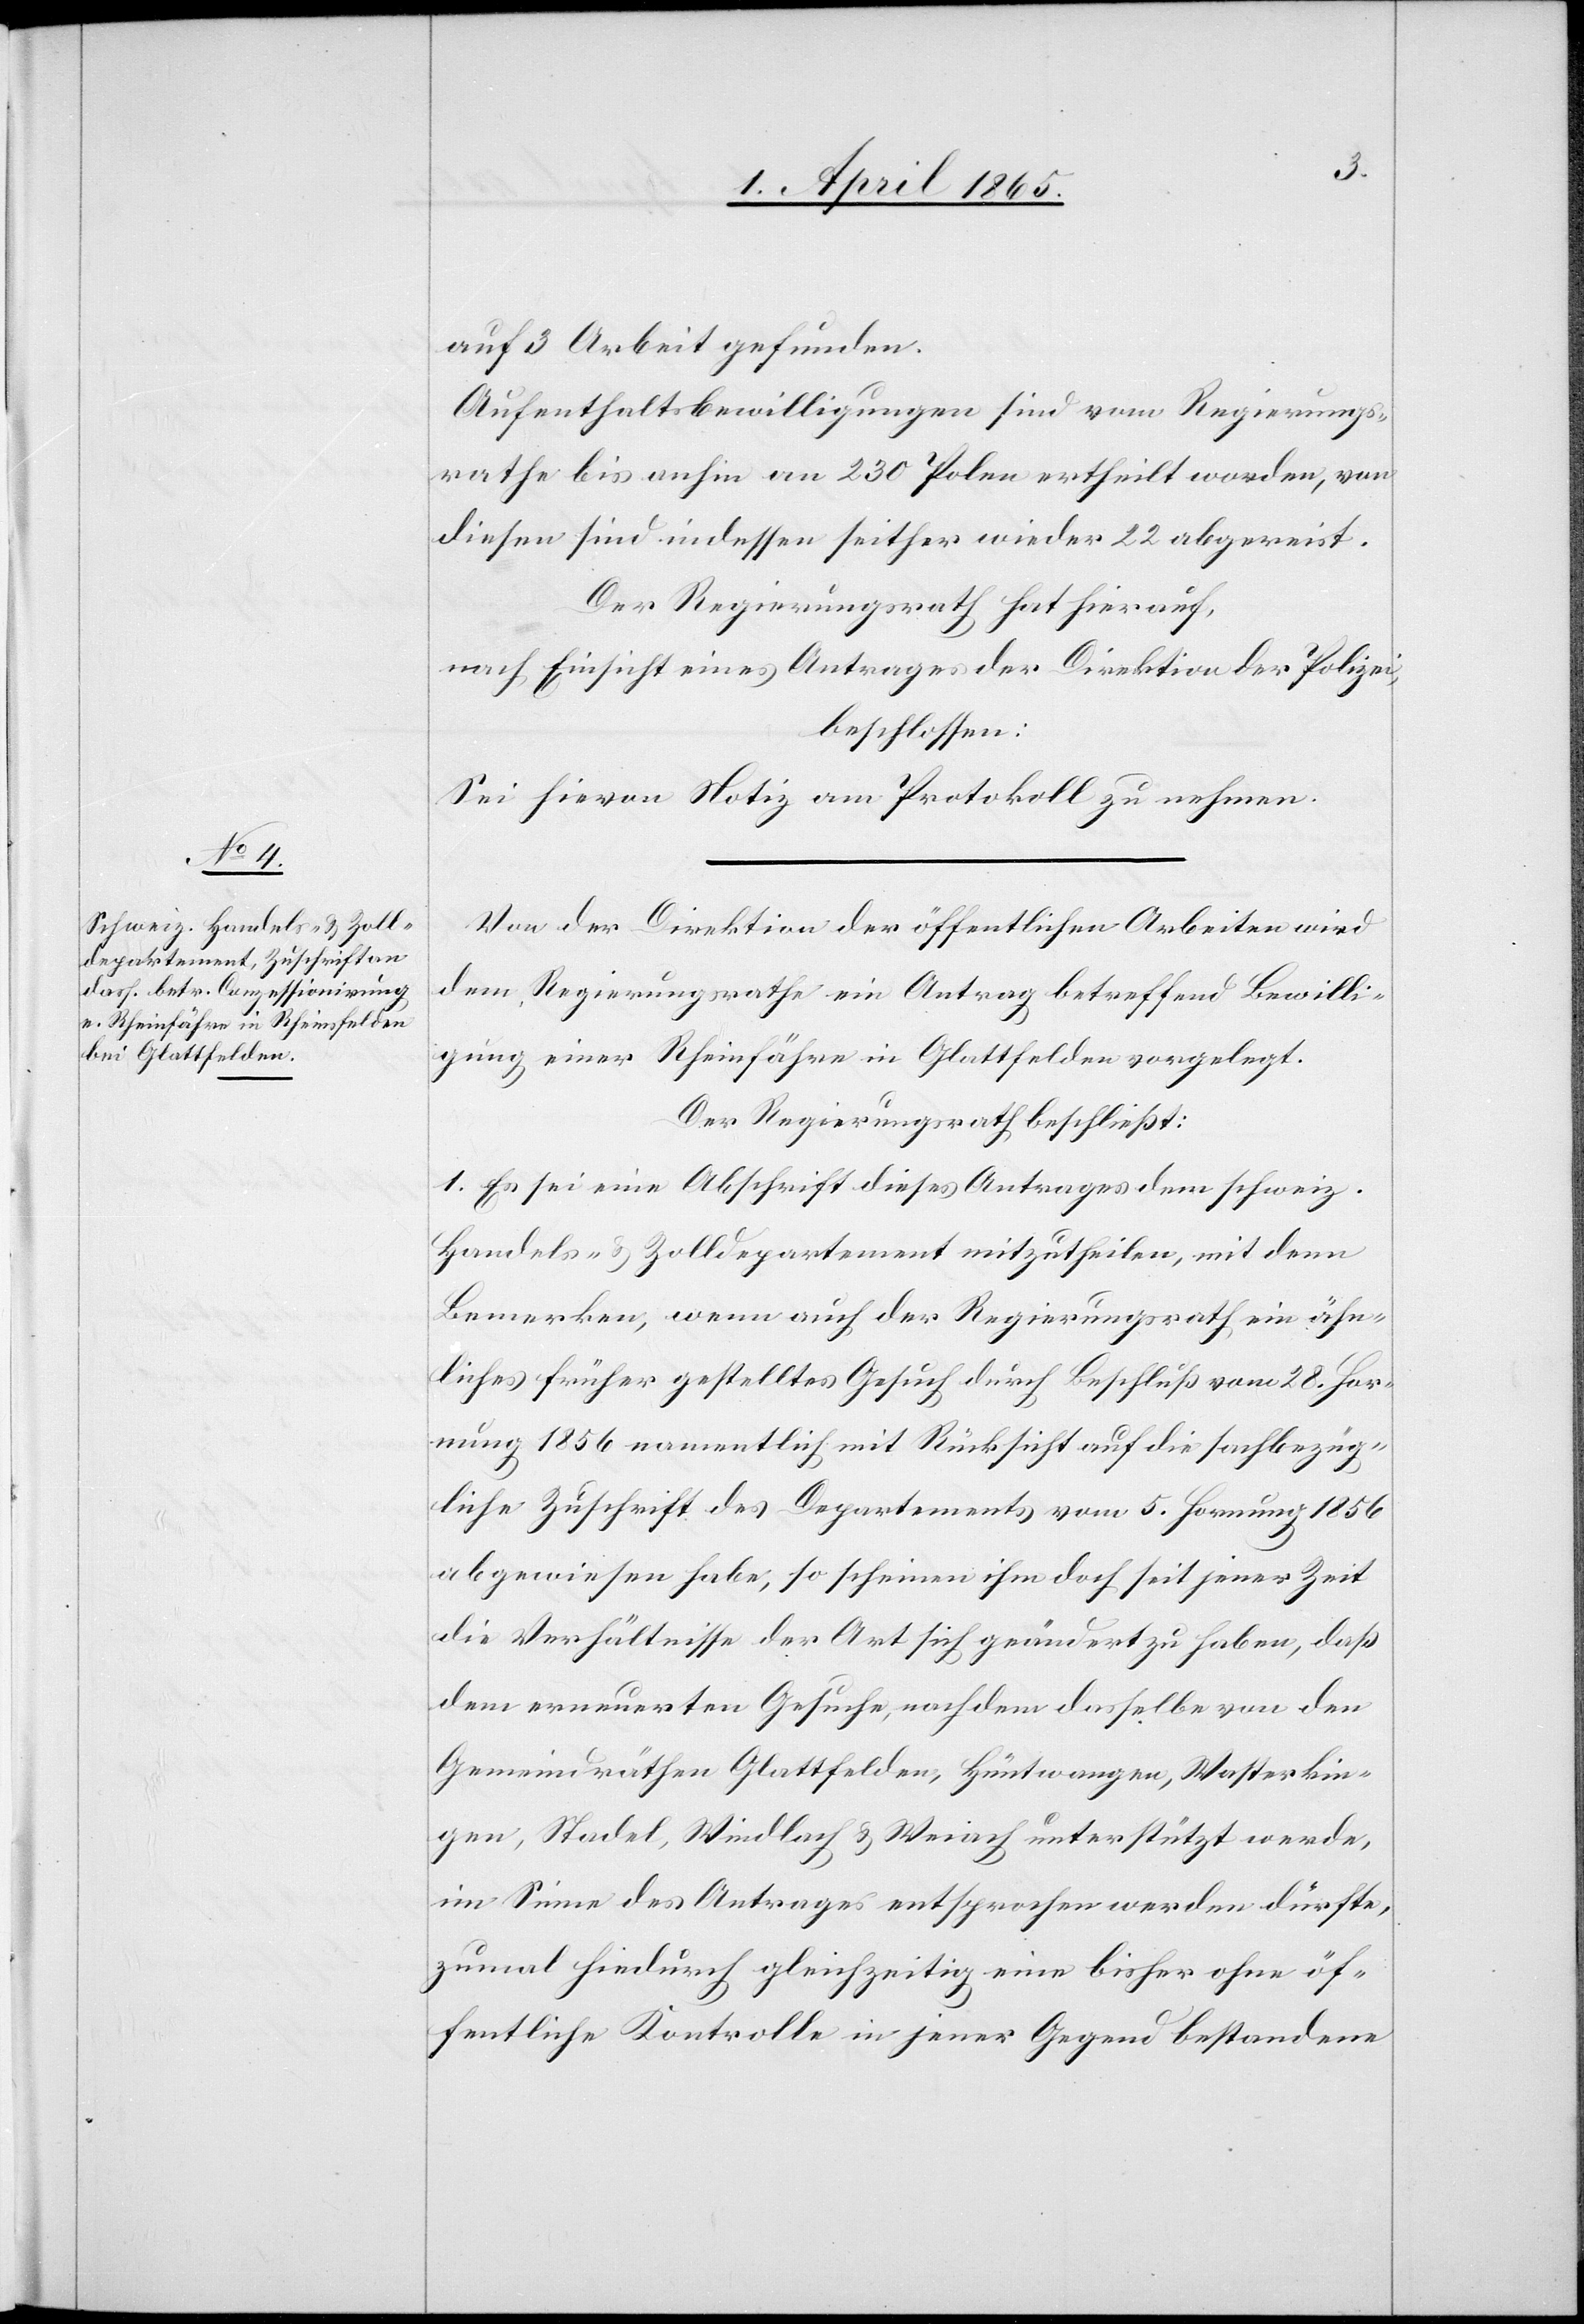
auf 3 Arbeit gefunden.
Aufenthaltsbewilligungen sind vom Regierungs¬
rathe bis anhin an 230 Polen ertheilt worden, von
diesen sind indessen seither wieder 22 abgereist.
Der Regierungsrath hat hierauf,
nach Einsicht eines Antrages der Direktion der Polizei,
beschlossen.
Sei hievon Notiz am Protokoll zu nehmen.
Von der Direktion der öffentlichen Arbeiten wird
dem Regierungsrathe ein Antrag betreffend Bewilli¬
gung einer Rheinfähre in Glattfelden vorgelegt.
Der Regierungsrath beschließt:
1. Es sei eine Abschrift dieses Antrages dem schweiz.
Handels- & Zolldepartement mitzutheilen, mit dem
Bemerken, wenn auch der Regierungsrath ein ähn¬
liches früher gestelltes Gesuch durch Beschluß vom 28. Hor¬
nung 1856 namentlich mit Rücksicht auf die sachbezüg¬
liche Zuschrift des Departements vom 5. Hornung 1856
abgewiesen habe, so scheinen ihm doch seit jener Zeit
die Verhältnisse der Art sich geändert zu haben, daß
dem erneuerten Gesuche, nach dem dasselbe von den
Gemeindräthen Glattfelden, Hüntwangen, Wasterkin¬
gen, Stadel, Windlach & Weiach unterstützt werde,
im Sinne des Antrages entsprochen werden dürfte,
zumal hiedurch gleichzeitig eine bisher ohne öf¬
fentliche Kontrolle in jener Gegend bestandene